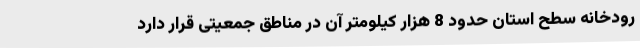
رودخانه سطح استان حدود 8 هزار کیلومتر آن در مناطق جمعیتی قرار دارد